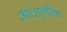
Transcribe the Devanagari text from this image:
अधालीन